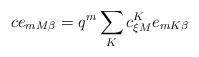
LaTeX: \begin{align*}c e_{mM\beta}= q^{m}\sum_{K}c_{\xi M}^{K} e_{mK\beta}\end{align*}